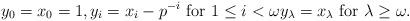
LaTeX: \begin{align*} y_0 = x_0 = 1, y_i = x_i - p^{-i} \text{ for $1 \leq i < \omega$} y_\lambda = x_\lambda \text{ for $\lambda \geq \omega$.} \end{align*}